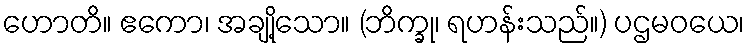
ဟောတိ။ ဧကော၊ အချို့သော။ (ဘိက္ခု၊ ရဟန်းသည်။) ပဌမဝယေ၊